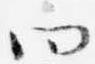
四